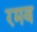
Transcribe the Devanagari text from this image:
रमव